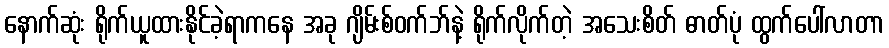
နောက်ဆုံး ရိုက်ယူထားနိုင်ခဲ့ရာကနေ အခု ဂျိမ်းစ်ဝက်ဘ်နဲ့ ရိုက်လိုက်တဲ့ အသေးစိတ် ဓာတ်ပုံ ထွက်ပေါ်လာတာ